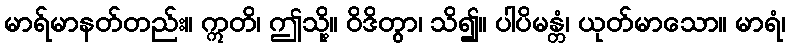
မာရ်မာနတ်တည်း။ ဣတိ၊ ဤသို့။ ဝိဒိတွာ၊ သိ၍။ ပါပိမန္တံ၊ ယုတ်မာသော။ မာရံ၊